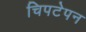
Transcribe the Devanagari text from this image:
चिपटेपन